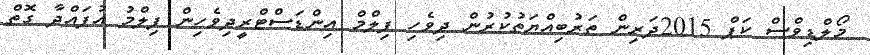
މޯލްޑިވްސް ކަޕް 2015ދަރިން ތަރުބިއްޔަތުކުރުން ދިވެހި ފިލްމް އިންޑަސްޓްރީދިވެހިން ފިލްމު އުފައްދާ ގޮތް